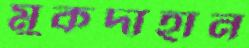
মুকদাহান